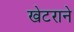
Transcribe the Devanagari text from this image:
खेटराने